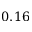
0 . 1 6